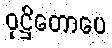
ဝုဋ္ဌိတောပေ